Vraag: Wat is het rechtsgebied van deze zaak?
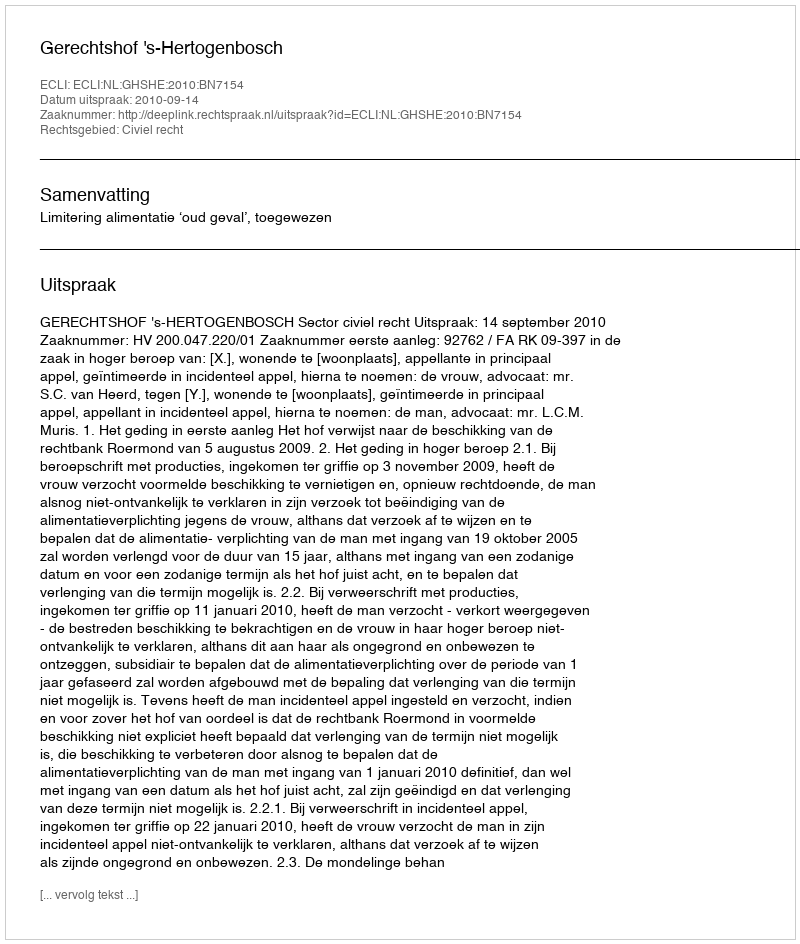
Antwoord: Civiel recht